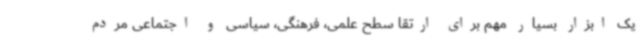
یک ابزار بسیار مهم برای ارتقا سطح علمی، فرهنگی، سیاسی و اجتماعی مردم